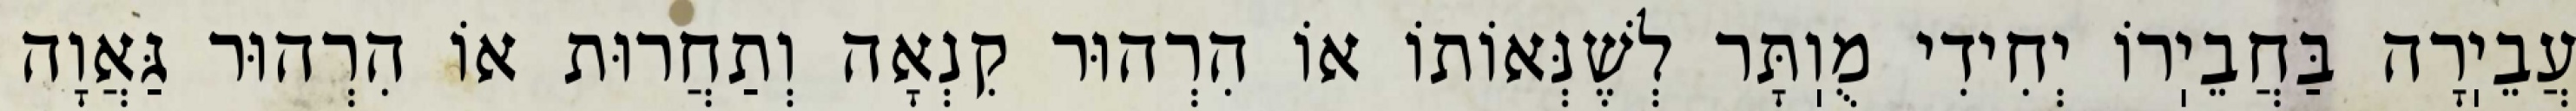
עֲבֵיֽרָה בַּחֲבֵיֽרוֹ יְחִידִי מֻוֽתָּר לְשֶׁנְּאוֹתוֹ אוֹ הִרְהוּר קִנְאָה וְתַחֲרוּת אוֹ הִרְהוּר גַּאֲוָה